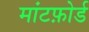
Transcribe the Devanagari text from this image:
मांटफ़ोर्ड